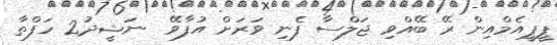
ޕީޕީއެމްއިން ރޭ ބޭއްވި ޖަލްސާ ފެނި ވަރަށް އުފާވޭ  ނަޝީދު2 ހަފްތާ